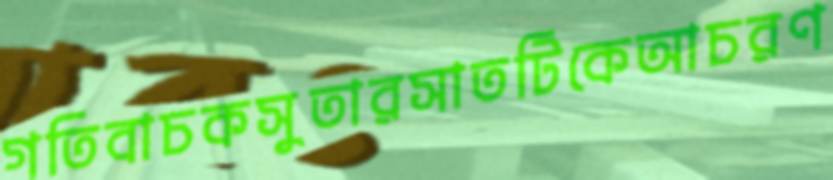
গতিবাচকসুতারসাতটিকেআচরণ